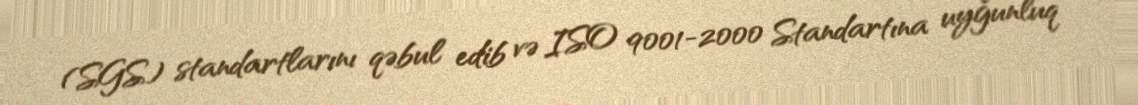
(SGS) standartlarını qəbul edib və ISO 9001-2000 Standartına uyğunluq